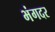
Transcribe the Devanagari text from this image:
भंगदर